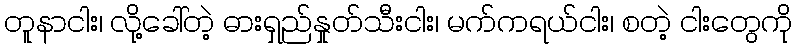
တူနာငါး၊ လို့ခေါ်တဲ့ ဓားရှည်နှုတ်သီးငါး၊ မက်ကရယ်ငါး၊ စတဲ့ ငါးတွေကို